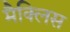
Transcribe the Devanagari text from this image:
मैक्लिस